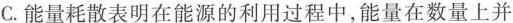
C.能量耗散表明在能源的利用过程中，能量在数量上并